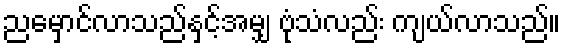
ညမှောင်လာသည်နှင့်အမျှ ဗုံသံလည်း ကျယ်လာသည်။